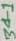
Text: 34-1